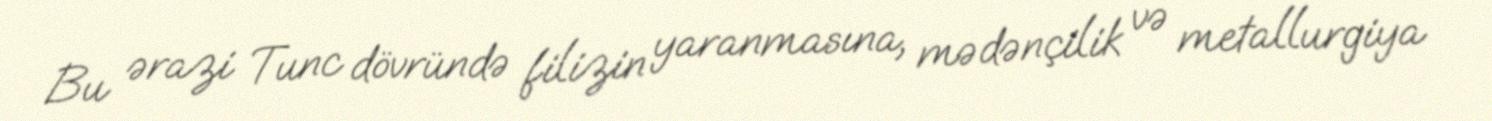
Bu ərazi Tunc dövründə filizin yaranmasına, mədənçilik və metallurgiya